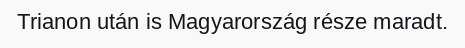
Trianon után is Magyarország része maradt.